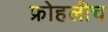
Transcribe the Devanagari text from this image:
फ्रोहलीच